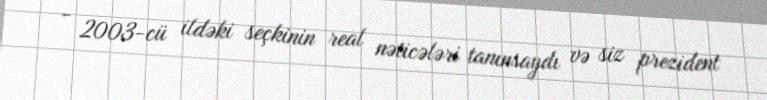
- 2003-cü ildəki seçkinin real nəticələri tanınsaydı və siz prezident